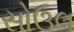
સોઉલ